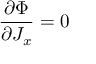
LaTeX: \frac { \partial \Phi } { \partial J _ { x } } = 0